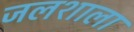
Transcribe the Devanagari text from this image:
जलशाला